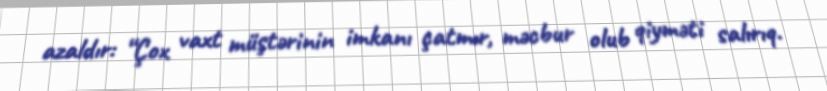
azaldır: “Çox vaxt müştərinin imkanı çatmır, məcbur olub qiyməti salırıq.